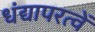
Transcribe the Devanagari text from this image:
धंद्यापरत्वें